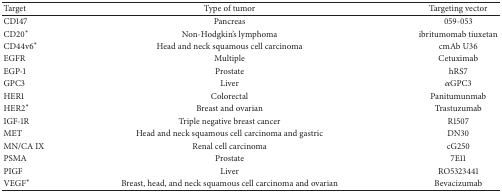
<table><thead><tr><td><b>Target </b></td><td><b>Type of tumor</b></td><td><b>Targeting vector</b></td></tr></thead><tbody><tr><td>CD147</td><td>Pancreas</td><td>059-053</td></tr><tr><td>CD20*</td><td>Non-Hodgkin&#x27;s lymphoma</td><td>ibritumomab tiuxetan</td></tr><tr><td>CD44v6*</td><td>Head and neck squamous cell carcinoma</td><td>cmAb U36</td></tr><tr><td>EGFR</td><td>Multiple</td><td>Cetuximab</td></tr><tr><td>EGP-1</td><td>Prostate</td><td>hRS7</td></tr><tr><td>GPC3</td><td>Liver</td><td><i>α</i>GPC3</td></tr><tr><td>HER1</td><td>Colorectal</td><td>Panitumunmab</td></tr><tr><td>HER2*</td><td>Breast and ovarian</td><td>Trastuzumab</td></tr><tr><td>IGF-1R</td><td>Triple negative breast cancer</td><td>R1507</td></tr><tr><td>MET</td><td>Head and neck squamous cell carcinoma and gastric</td><td>DN30</td></tr><tr><td>MN/CA IX</td><td>Renal cell carcinoma</td><td>cG250</td></tr><tr><td>PSMA</td><td>Prostate</td><td>7E11</td></tr><tr><td>PIGF</td><td>Liver</td><td>RO5323441</td></tr><tr><td>VEGF*</td><td>Breast, head, and neck squamous cell carcinoma and ovarian</td><td>Bevacizumab</td></tr></tbody></table>